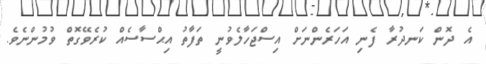
އެ ދޮން ކަނދުރާ ފެނި އަހަރެންނަށް އިސްޖަހާލެވުނީ ތަފާތު އިޙްސާސެއް ކުރެވޭގޮތް ވުމުންނެވެ.